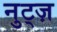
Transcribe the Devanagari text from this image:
नुट्ज़